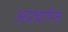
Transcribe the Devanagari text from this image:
अप्रचारित